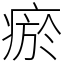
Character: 瘀